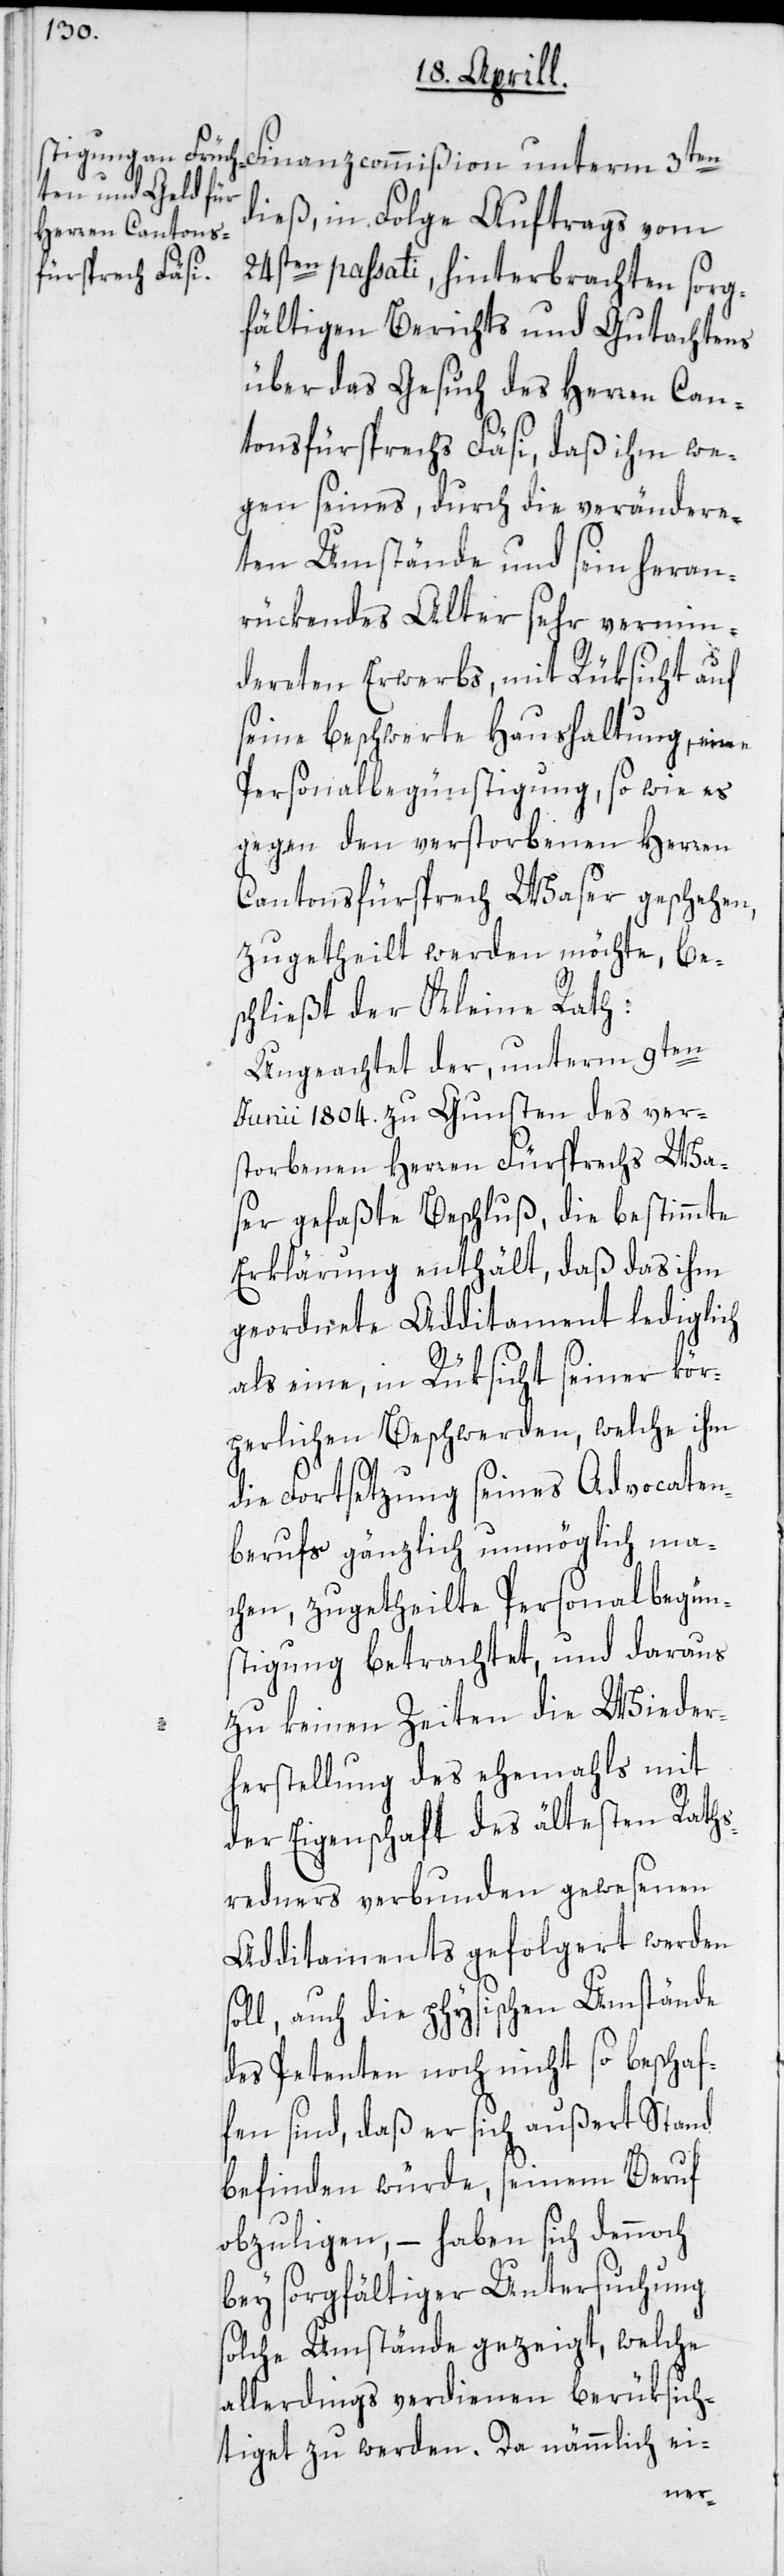
Finanzcommißion unterm 3ten
dieß, in Folge Auftrags vom
24sten passati, hinterbrachten sorg¬
fältigen Berichts und Gutachtens
über das Gesuch des Herren Can¬
tonsfürsprechs Fäsi, daß ihm we¬
gen seines, durch die verändere¬
ten Umstände und sein heran¬
rückendes Alter sehr vermin¬
dereten Erwerbs, mit Rüksicht auf
seine beschwerte Haushaltung, eine
Personalbegünstigung, so wie es
gegen den verstorbenen Herren
Cantonsfürsprech Waser geschehen,
zugetheilt werden möchte, be¬
schließt der Kleine Rath:
Ungeachtet der, unterm 9ten
Junii 1804. zu Gunsten des ver¬
storbenen Herren Fürsprechs Wa¬
ser gefaßte Beschluß, die bestimmte
Erklärung enthält, daß das ihm
geordnete Additament lediglich
als eine, in Rüksicht seiner kör¬
perlichen Beschwerden, welche ihm
die Fortsetzung seines Advocaten¬
berufs gänzlich unmöglich ma¬
chen, zugetheilte Personalbegün¬
stigung betrachtet, und daraus
zu keinen Zeiten die Wieder¬
herstellung des ehemahls mit
der Eigenschaft des ältesten Raths¬
redners verbunden gewesenen
Additaments gefolgert werden
soll, auch die physischen Umstände
des Petenten noch nicht so beschaf¬
fen sind, daß er sich außert Stand
befinden würde, seinem Beruf
obzuligen, – haben sich dennoch
bey sorgfältiger Untersuchung
solche Umstände gezeigt, welche
allerdings verdienen berüksich¬
tiget zu werden. Da nämmlich ei-